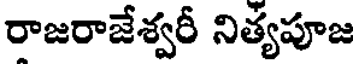
రాజరాజేశ్వరీ నిత్యపూజ